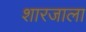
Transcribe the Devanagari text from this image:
शारजाला